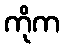
ကိုက